Annual administration report of the Civil Veterinary Department of India - 1906-1907
Year: 1906
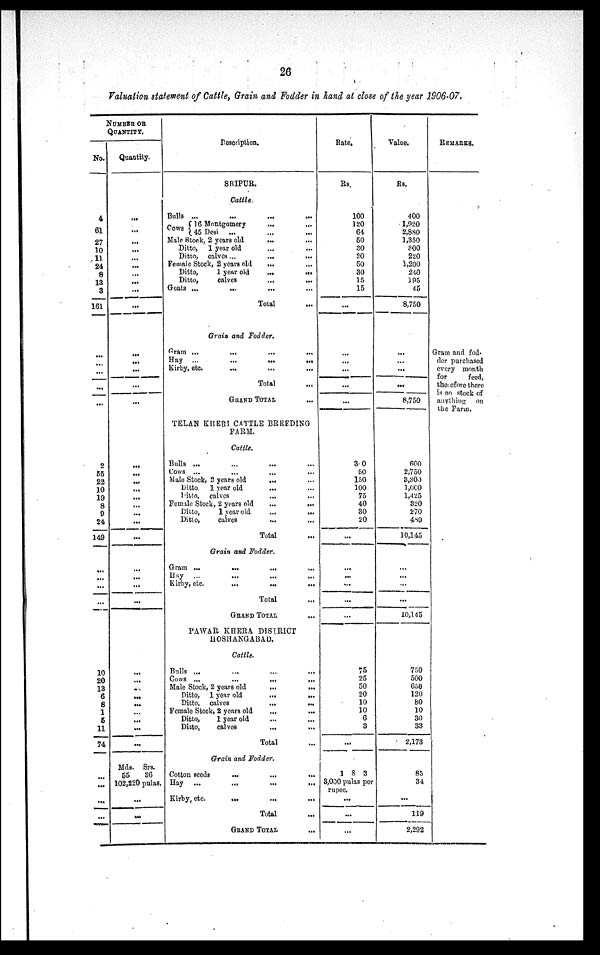
26
Valuation statement of Cattle, Grain and Fodder in hand at close of the year 1906-07.
NUMBER OR
QUANTITY.
No.
4
61
27
10
11
24
8
13
3
161
...
...
...
...
...
2
55
22
10
19
8
9
24
149
...
...
...
...
10
20
13
6
8
1
5
11
74
...
...
...
...
Quantity.
...
...
...
...
...
...
...
...
...
...
...
...
...
...
...
...
...
...
...
...
...
...
...
...
...
...
...
...
...
...
...
...
...
...
...
...
...
Mds. Srs.
55
36
102,220 pulas.
...
...
Description.
SRIPUR.
Cattle.
Bulls ... ... ... ...
Cows { 16 Montgomery ... ...
45 Desi ... ...
Male Stock, 2 years old
... ...
Ditto, 1 year old
Ditto, calves ...
...
...
Female Stock, 2 years old ... ...
Ditto,
1 year old
...
...
Ditto,
calves
...
...
Goats ...
...
... ...
Total ...
Grain and Fodder.
Gram
...
...
...
...
Hay ...
...
...
...
Kirby, etc.
...
...
...
Total
GRAND TOTAL ...
TELAN KHERI CATTLE BREEDING
FARM.
Cattle.
Bulla ... ... ... ...
Cows ... ... ... ...
Male Stock, 2 years old
... ...
Ditto. 1 year old
... ...
Ditto, calves ... ...
Female Stock, 2 years old
...
...
Ditto,
1 year old
...
...
Ditto,
calves ... ...
Total
Grain and Fodder.
Gram ...
...
...
Hay ... ... ... ...
Kirby, etc.
...
...
...
Total
GRAND TOTAL ...
PAWAR KHERA DISTRICT
HOSHANGABAD.
Cattle.
Bulls ... ... ... ...
Cows ...
...
...
...
Male Stock, 2 years old
...
...
Ditto, 1 year old
...
...
Ditto, calves
...
...
Female Stock, 2 years old ... ...
Ditto,
1 year old
Ditto,
calves
...
...
Total
Grain and Fodder.
Cotton seeds
...
...
Hay ... ... ... ...
Kirby, etc.
...
...
...
Total
GRAND TOTAL ...
Rate.
Rs.
100
120
64
50
30
20
50
30
15
15
...
...
...
...
...
...
3 0
50
150
100
75
40
30
20
...
...
...
...
...
...
75
25
50
20
10
10
6
3
...
1 8 3
3,000 pulas per
rupee.
...
...
...
Value.
Rs.
400
1,920
2,880
3,350
300
220
1,200
240
195
45
8,750
...
...
...
...
8,750
600
2,750
3,300
1,000
1,425
320
270
480
10,145
...
...
...
...
10,145
750
500
650
120
80
10
30
33
2,173
85
34
...
119
2,292
REMARKS.
Gram and fod-
der purchased
every month
for
feed,
therefore there
is no stock of
anything on
the Farm